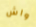
واش